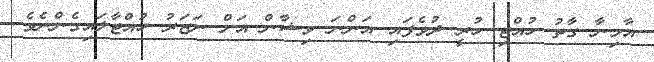
އާމިނާ ގާތު ހުއްޓި ހުރީ ދުވެފައި އަންނަ ވިޝާން އަށް ނަޒަރު ހުއްޓާލައިގެންނެވެ.